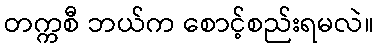
တက္ကစီ ဘယ်က စောင့်စည်းရမလဲ။